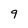
Character: 9